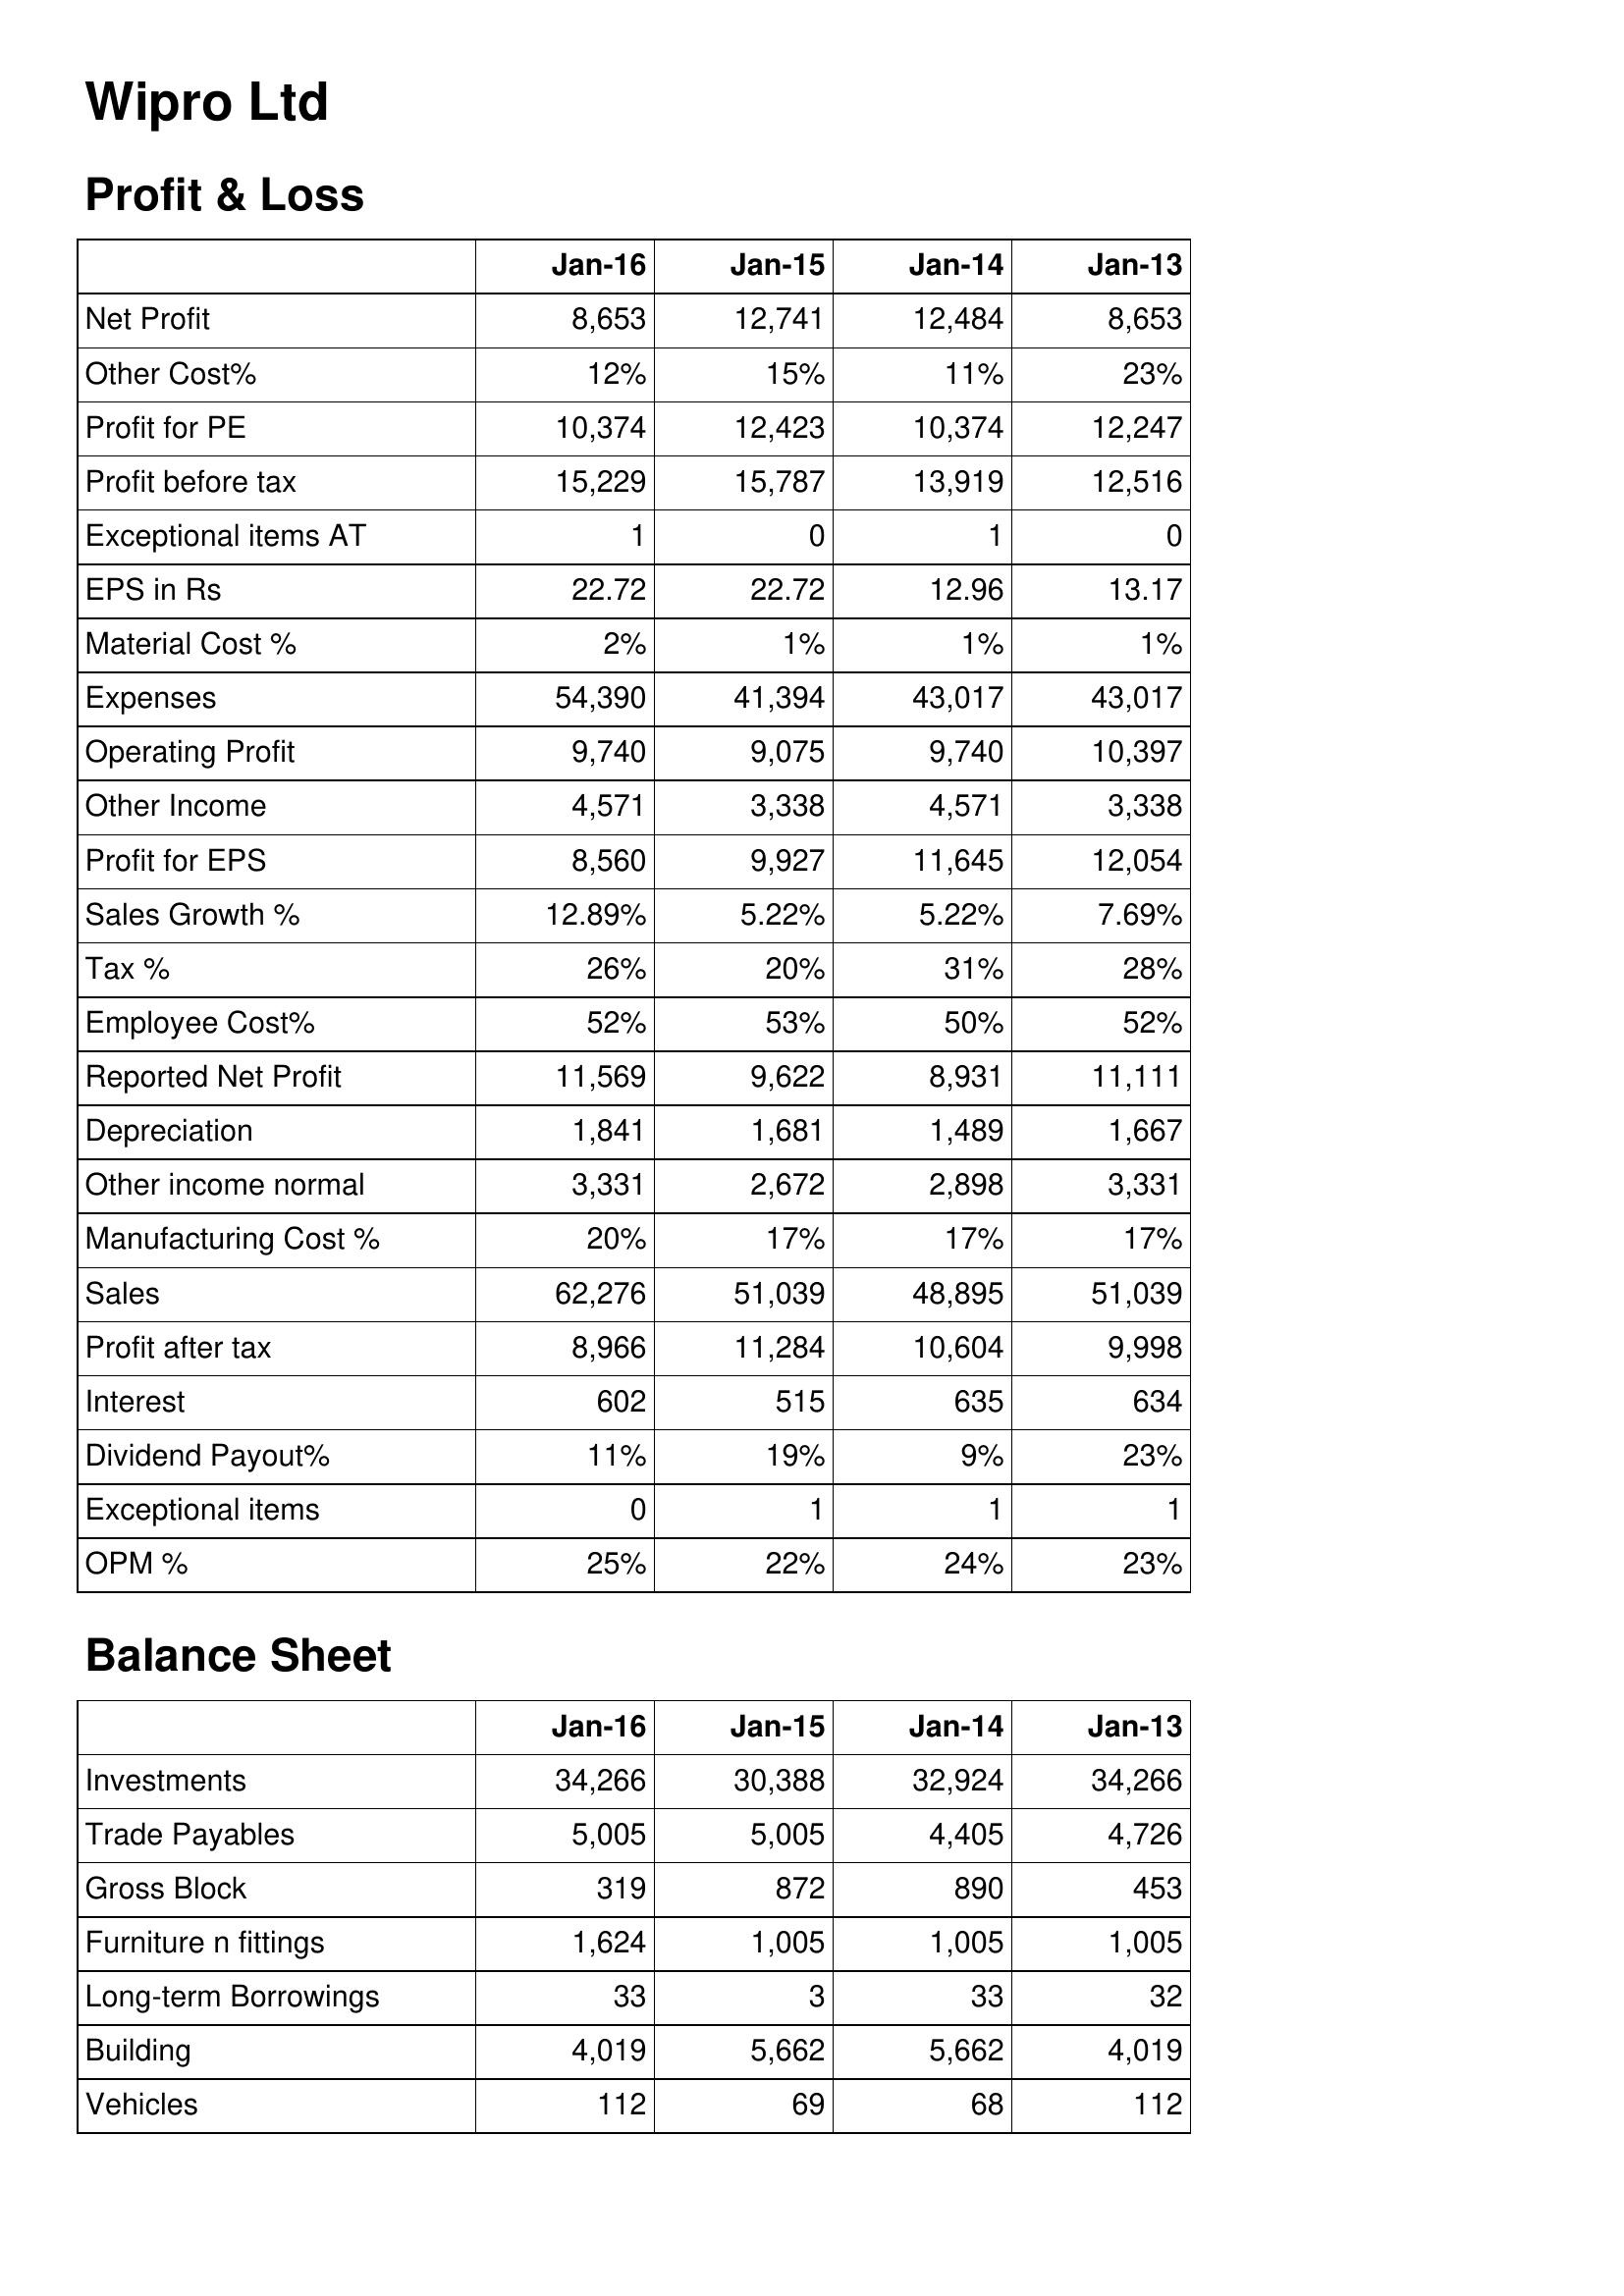
Jan-16: Profit & Loss: Net Profit: 8,653
Other Cost%: 12%
Profit for PE: 10,374
Profit before tax: 15,229
Exceptional items AT: 1
EPS in Rs: 22.72
Material Cost %: 2%
Expenses: 54,390
Operating Profit: 9,740
Other Income: 4,571
Profit for EPS: 8,560
Sales Growth %: 12.89%
Tax %: 26%
Employee Cost%: 52%
Reported Net Profit: 11,569
Depreciation: 1,841
Other income normal: 3,331
Manufacturing Cost %: 20%
Sales: 62,276
Profit after tax: 8,966
Interest: 602
Dividend Payout%: 11%
Exceptional items: 0
OPM %: 25%
Balance Sheet: Investments: 34,266
Trade Payables: 5,005
Gross Block: 319
Furniture n fittings: 1,624
Long-term Borrowings: 33
Building: 4,019
Vehicles: 112
Jan-15: Profit & Loss: Net Profit: 12,741
Other Cost%: 15%
Profit for PE: 12,423
Profit before tax: 15,787
Exceptional items AT: 0
EPS in Rs: 22.72
Material Cost %: 1%
Expenses: 41,394
Operating Profit: 9,075
Other Income: 3,338
Profit for EPS: 9,927
Sales Growth %: 5.22%
Tax %: 20%
Employee Cost%: 53%
Reported Net Profit: 9,622
Depreciation: 1,681
Other income normal: 2,672
Manufacturing Cost %: 17%
Sales: 51,039
Profit after tax: 11,284
Interest: 515
Dividend Payout%: 19%
Exceptional items: 1
OPM %: 22%
Balance Sheet: Investments: 30,388
Trade Payables: 5,005
Gross Block: 872
Furniture n fittings: 1,005
Long-term Borrowings: 3
Building: 5,662
Vehicles: 69
Jan-14: Profit & Loss: Net Profit: 12,484
Other Cost%: 11%
Profit for PE: 10,374
Profit before tax: 13,919
Exceptional items AT: 1
EPS in Rs: 12.96
Material Cost %: 1%
Expenses: 43,017
Operating Profit: 9,740
Other Income: 4,571
Profit for EPS: 11,645
Sales Growth %: 5.22%
Tax %: 31%
Employee Cost%: 50%
Reported Net Profit: 8,931
Depreciation: 1,489
Other income normal: 2,898
Manufacturing Cost %: 17%
Sales: 48,895
Profit after tax: 10,604
Interest: 635
Dividend Payout%: 9%
Exceptional items: 1
OPM %: 24%
Balance Sheet: Investments: 32,924
Trade Payables: 4,405
Gross Block: 890
Furniture n fittings: 1,005
Long-term Borrowings: 33
Building: 5,662
Vehicles: 68
Jan-13: Profit & Loss: Net Profit: 8,653
Other Cost%: 23%
Profit for PE: 12,247
Profit before tax: 12,516
Exceptional items AT: 0
EPS in Rs: 13.17
Material Cost %: 1%
Expenses: 43,017
Operating Profit: 10,397
Other Income: 3,338
Profit for EPS: 12,054
Sales Growth %: 7.69%
Tax %: 28%
Employee Cost%: 52%
Reported Net Profit: 11,111
Depreciation: 1,667
Other income normal: 3,331
Manufacturing Cost %: 17%
Sales: 51,039
Profit after tax: 9,998
Interest: 634
Dividend Payout%: 23%
Exceptional items: 1
OPM %: 23%
Balance Sheet: Investments: 34,266
Trade Payables: 4,726
Gross Block: 453
Furniture n fittings: 1,005
Long-term Borrowings: 32
Building: 4,019
Vehicles: 112